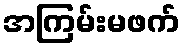
အကြမ်းမဖက်